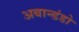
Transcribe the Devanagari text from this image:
अबान्डंडो